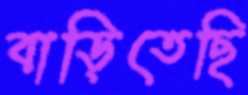
বাড়িতেছি